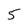
Character: 5